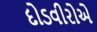
દોડવીરોએ